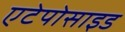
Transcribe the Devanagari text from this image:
एटेपोसाइड